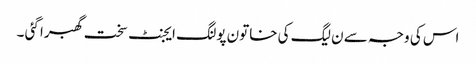
اس کی وجہ سے ن لیگ کی خاتون پولنگ ایجنٹ سخت گھبرا گئی ۔